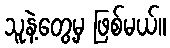
သူနဲ့တွေ့မှ ဖြစ်မယ်။